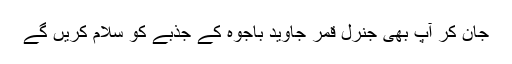
جان کر آپ بھی جنرل قمر جاوید باجوہ کے جذبے کو سلام کریں گے